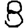
Digit: 8